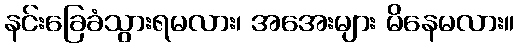
နင်းခြေခံသွားရမလား၊ အအေးများ မိနေမလား။